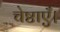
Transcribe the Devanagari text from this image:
चेष्टाएँ।